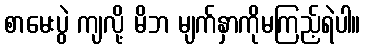
စာမေးပွဲ ကျလို့ မိဘ မျက်နှာကိုမကြည့်ရဲပါ။